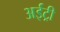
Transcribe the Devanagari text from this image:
अईट्री